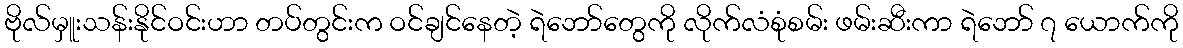
ဗိုလ်မှူးသန်းနိုင်ဝင်းဟာ တပ်တွင်းက ဝင်ချင်နေတဲ့ ရဲဘော်တွေကို လိုက်လံစုံစမ်း ဖမ်းဆီးကာ ရဲဘော် ၇ ယောက်ကို